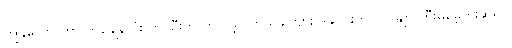
ကျွန်တော် ဟာ တစ်ချိန်လုံး တပ်ဦးက တိုက်ခဲ့ပါတယ်ခင်ဗျား ဒါလေးကို ဗိုလ်ချုပ်ကြီးမမေ့ဘူးဆိုရင်